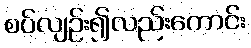
စပ်လျဉ်း၍လည်းကောင်း